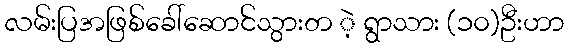
လမ်းပြအဖြစ်ခေါ်ဆောင်သွားတ ဲ့ ရွာသား (၁၀)ဦးဟာ